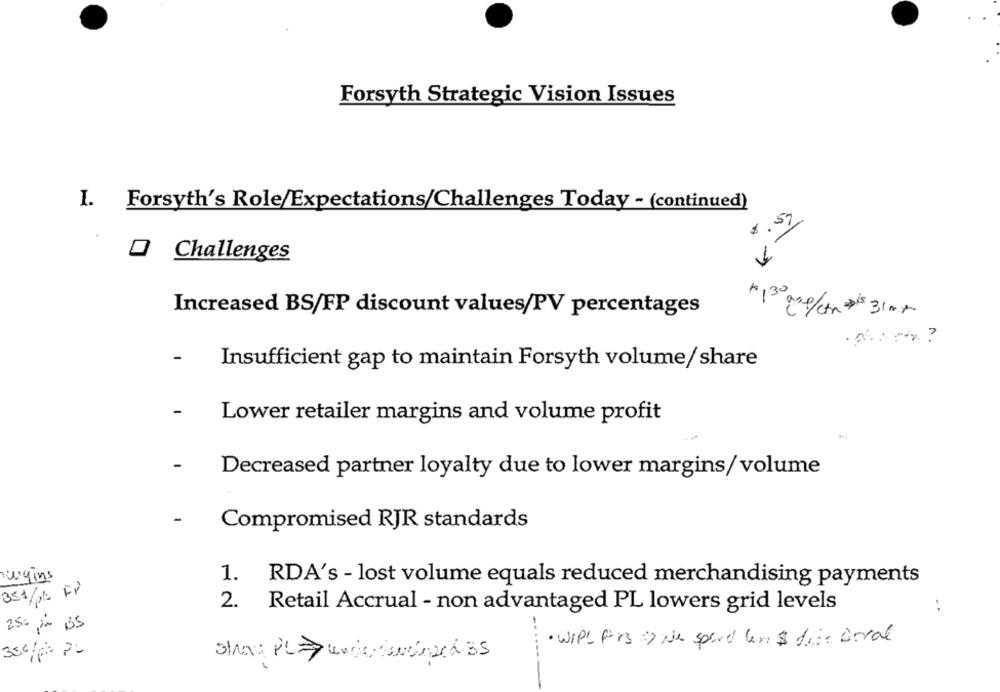
Forsyth Strategic Vision Issues
I.
Forsyth's Role/Expectations/Challenges Today - (continued)
8.57
O Challenges
1130
Increased BS/FP discount values/PV percentages
gap/ctr $ 31 mg
-
Insufficient gap to maintain Forsyth volume/ share
Lower retailer margins and volume profit
Decreased partner loyalty due to lower margins/volume
Compromised RJR standards
nagins
1. RDA's - lost volume equals reduced merchandising payments
351/16 FP
2. Retail Accrual - non advantaged PL lowers grid levels
:
25% por BS
· WIPL fors > Ne spend ler $ dize Beral
stra PLE undertouchpad 35
------